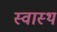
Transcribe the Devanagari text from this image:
स्‍वास्थ